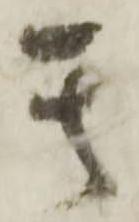
其